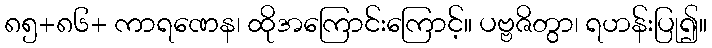
၈၅+၈၆+ ကာရဏေန၊ ထိုအကြောင်းကြောင့်။ ပဗ္ဗဇိတွာ၊ ရဟန်းပြု၍။